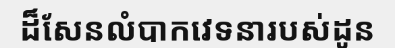
ដ៏សែនលំបាកវេទនារបស់ដូន